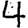
Digit: 4